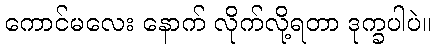
ကောင်မလေး နောက် လိုက်လို့ရတာ ဒုက္ခပါပဲ။